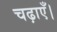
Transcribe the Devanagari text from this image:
चढ़ाएँ।